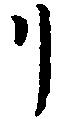
リ